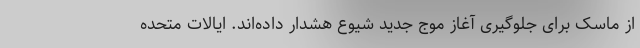
از ماسک برای جلوگیری آغاز موج جدید شیوع هشدار داده‌اند. ایالات متحده